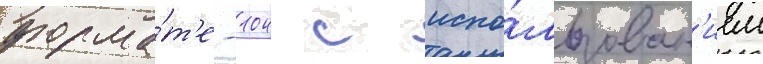
форма́т'е -104 с испо́льзован'ием